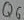
Text: Q6